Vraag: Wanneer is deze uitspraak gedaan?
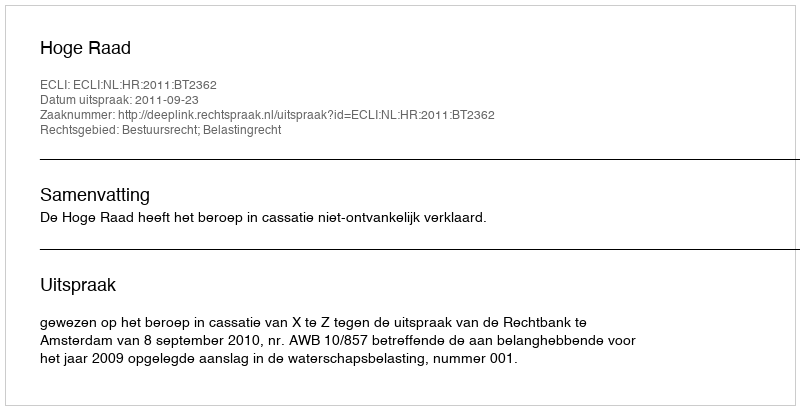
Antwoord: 2011-09-23